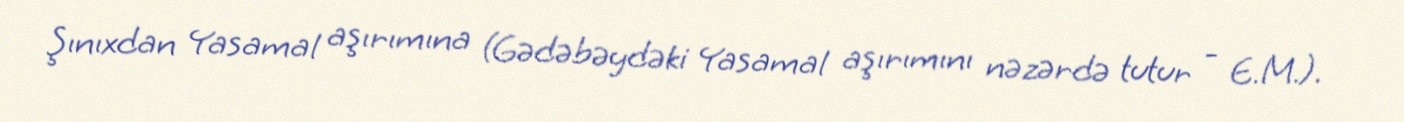
Şınıxdan Yasamal aşırımına (Gədəbəydəki Yasamal aşırımını nəzərdə tutur - E.M.).